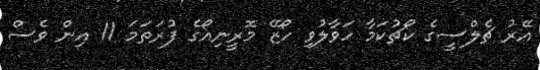
އޭރު ޗެލްސީގެ ކޯޗުކަމާ ހަވާލުވި ހޯޒޭ މޮރީނިއޯގެ ފުރަތަމަ 11 އިން ވެސް